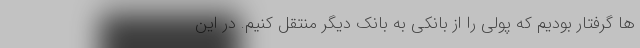
ها گرفتار بودیم که پولی را از بانکی به بانک دیگر منتقل کنیم. در این